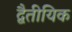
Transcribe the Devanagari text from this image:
द्वैतीयिक